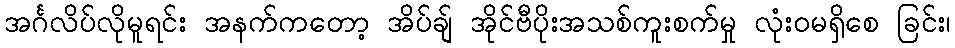
အင်္ဂလိပ်လိုမူရင်း အနက်ကတော့ အိပ်ချ် အိုင်ဗီပိုးအသစ်ကူးစက်မှု လုံးဝမရှိစေ ခြင်း၊